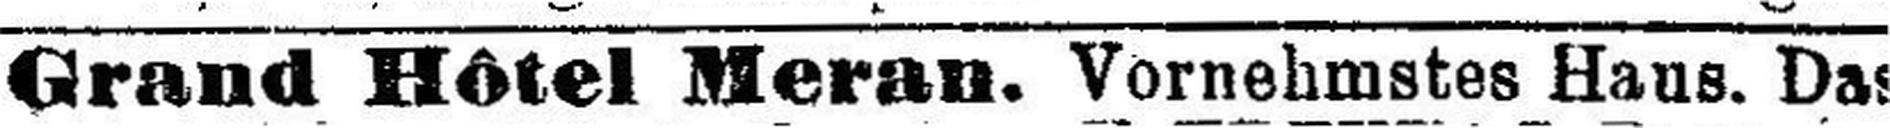
Grand Hôtel Meran. Vornehmstes Haus. Das